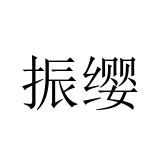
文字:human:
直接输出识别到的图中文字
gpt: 振缨